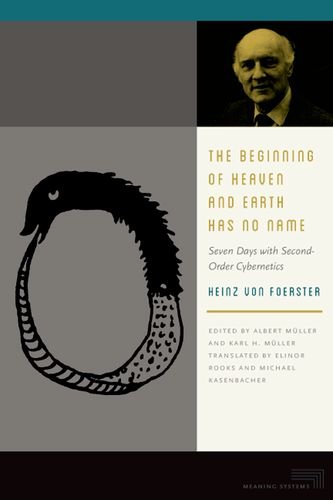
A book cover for The Beginning of Heaven and Earth Has No Name: Seven Days with Second-Order Cybernetics (Meaning Systems (FUP)); Heinz von Foerster; Computers & Technology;